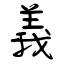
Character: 義